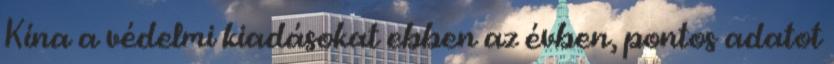
Kína a védelmi kiadásokat ebben az évben, pontos adatot